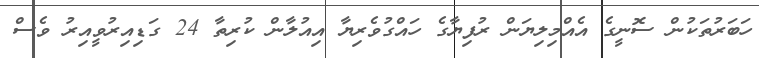
ހަބަރުތަކުން ސޮނީގެ އެއްމިލިޔަން ރުފިޔާގެ ހައްގުވެރިޔާ އިއުލާން ކުރިތާ 24 ގަޑިއިރުވީއިރު ވެސް